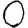
Digit: 0